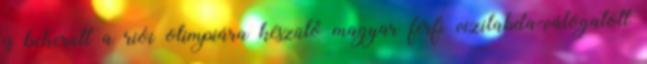
is bekerült a riói olimpiára készülő magyar férfi vízilabda-válogatott